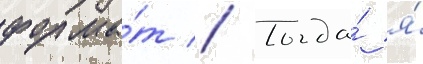
форма́т // Тогда́ я́